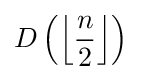
D\left(\left\lfloor {\frac {n}{2}}\right\rfloor \right)